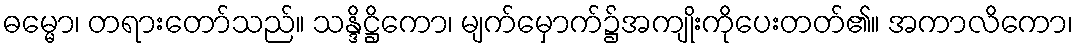
ဓမ္မော၊ တရားတော်သည်။ သန္ဒိဋ္ဌိကော၊ မျက်မှောက်၌အကျိုးကိုပေးတတ်၏။ အကာလိကော၊